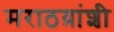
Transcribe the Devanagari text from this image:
मराठय़ांशी